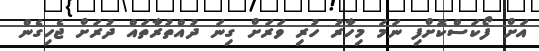
އަށް ފޯކަސްކޮށްފި ނަމަ މިހާރު ހުރި ވަރަށް ގިނަ ދުއްތުރާތައް ދުރަށް ޖެހިގެން